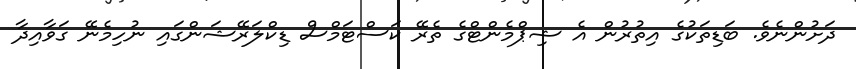
ދަށުންނެވެ. ބަޑިތަކުގެ އިތުރުން އެ ޝިޕްމެންޓްގެ ތެރޭ ކަސްޓަމްސް ޑިކްލަރޭޝަންގައި ނުހިމެނޭ ގަވާއިދާ